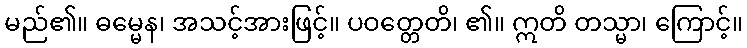
မည်၏။ ဓမ္မေန၊ အသင့်အားဖြင့်။ ပဝတ္တေတိ၊ ၏။ ဣတိ တသ္မာ၊ ကြောင့်။